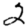
Digit: 2